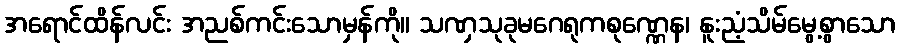
အရောင်ထိန်လင်း အညစ်ကင်းသောမှန်ကို။ သဏှသုခုမဂေရုကစုဏ္ဏေန၊ နူးညံ့သိမ်မွေ့စွာသော